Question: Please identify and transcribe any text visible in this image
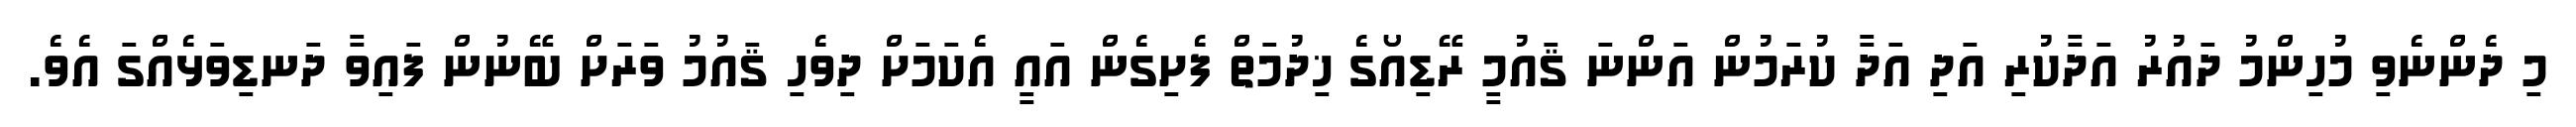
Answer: މި ދެންނެވި މުހިންމު ދައުރު އަދާކުރި އަދި އަދާ ކުރަމުން އަންނަ ޤައުމީ ރޭޑިއޯގެ ޚިދުމަތް ފެށިގެން އައީ އެކަމަށް ދިވެހި ޤައުމު ވަރަށް ބޭނުން ފައިވާ ދަނޑިވަޅެއްގަ އެވެ.